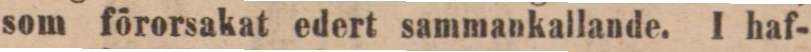
som förorsakat edert sammankallande. I haf-